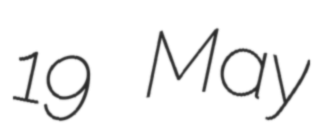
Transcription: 19 May